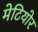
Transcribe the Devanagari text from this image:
मेटियोर